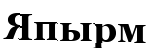
Япырм